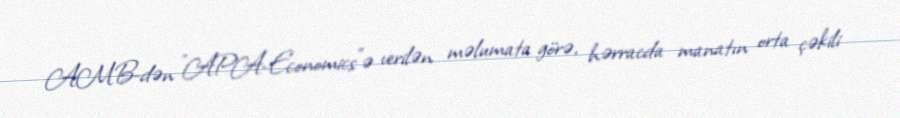
AMB-dən "APA-Economics"ə verilən məlumata görə, hərracda manatın orta çəkili